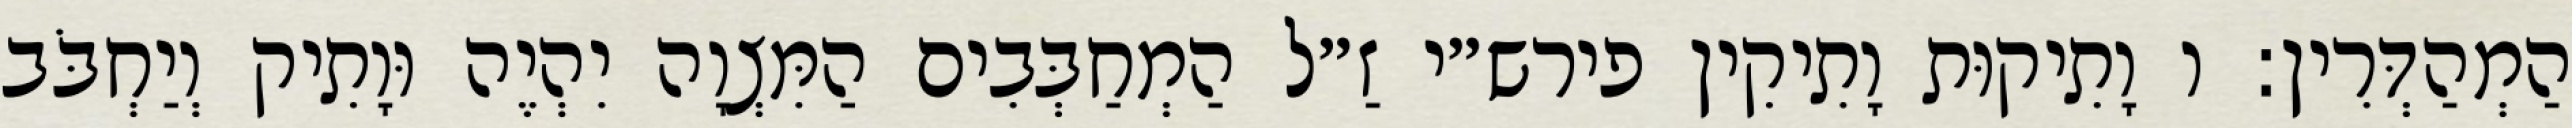
הַמְהַדְּרִין: ו וָתִיקוּת וָתִיקִין פירש״י זַ״ל הַמְחַבְּבִים הַמִּצְוָה יִהְיֶה וּוָתִיק וְיַחְבֹּב